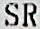
SR